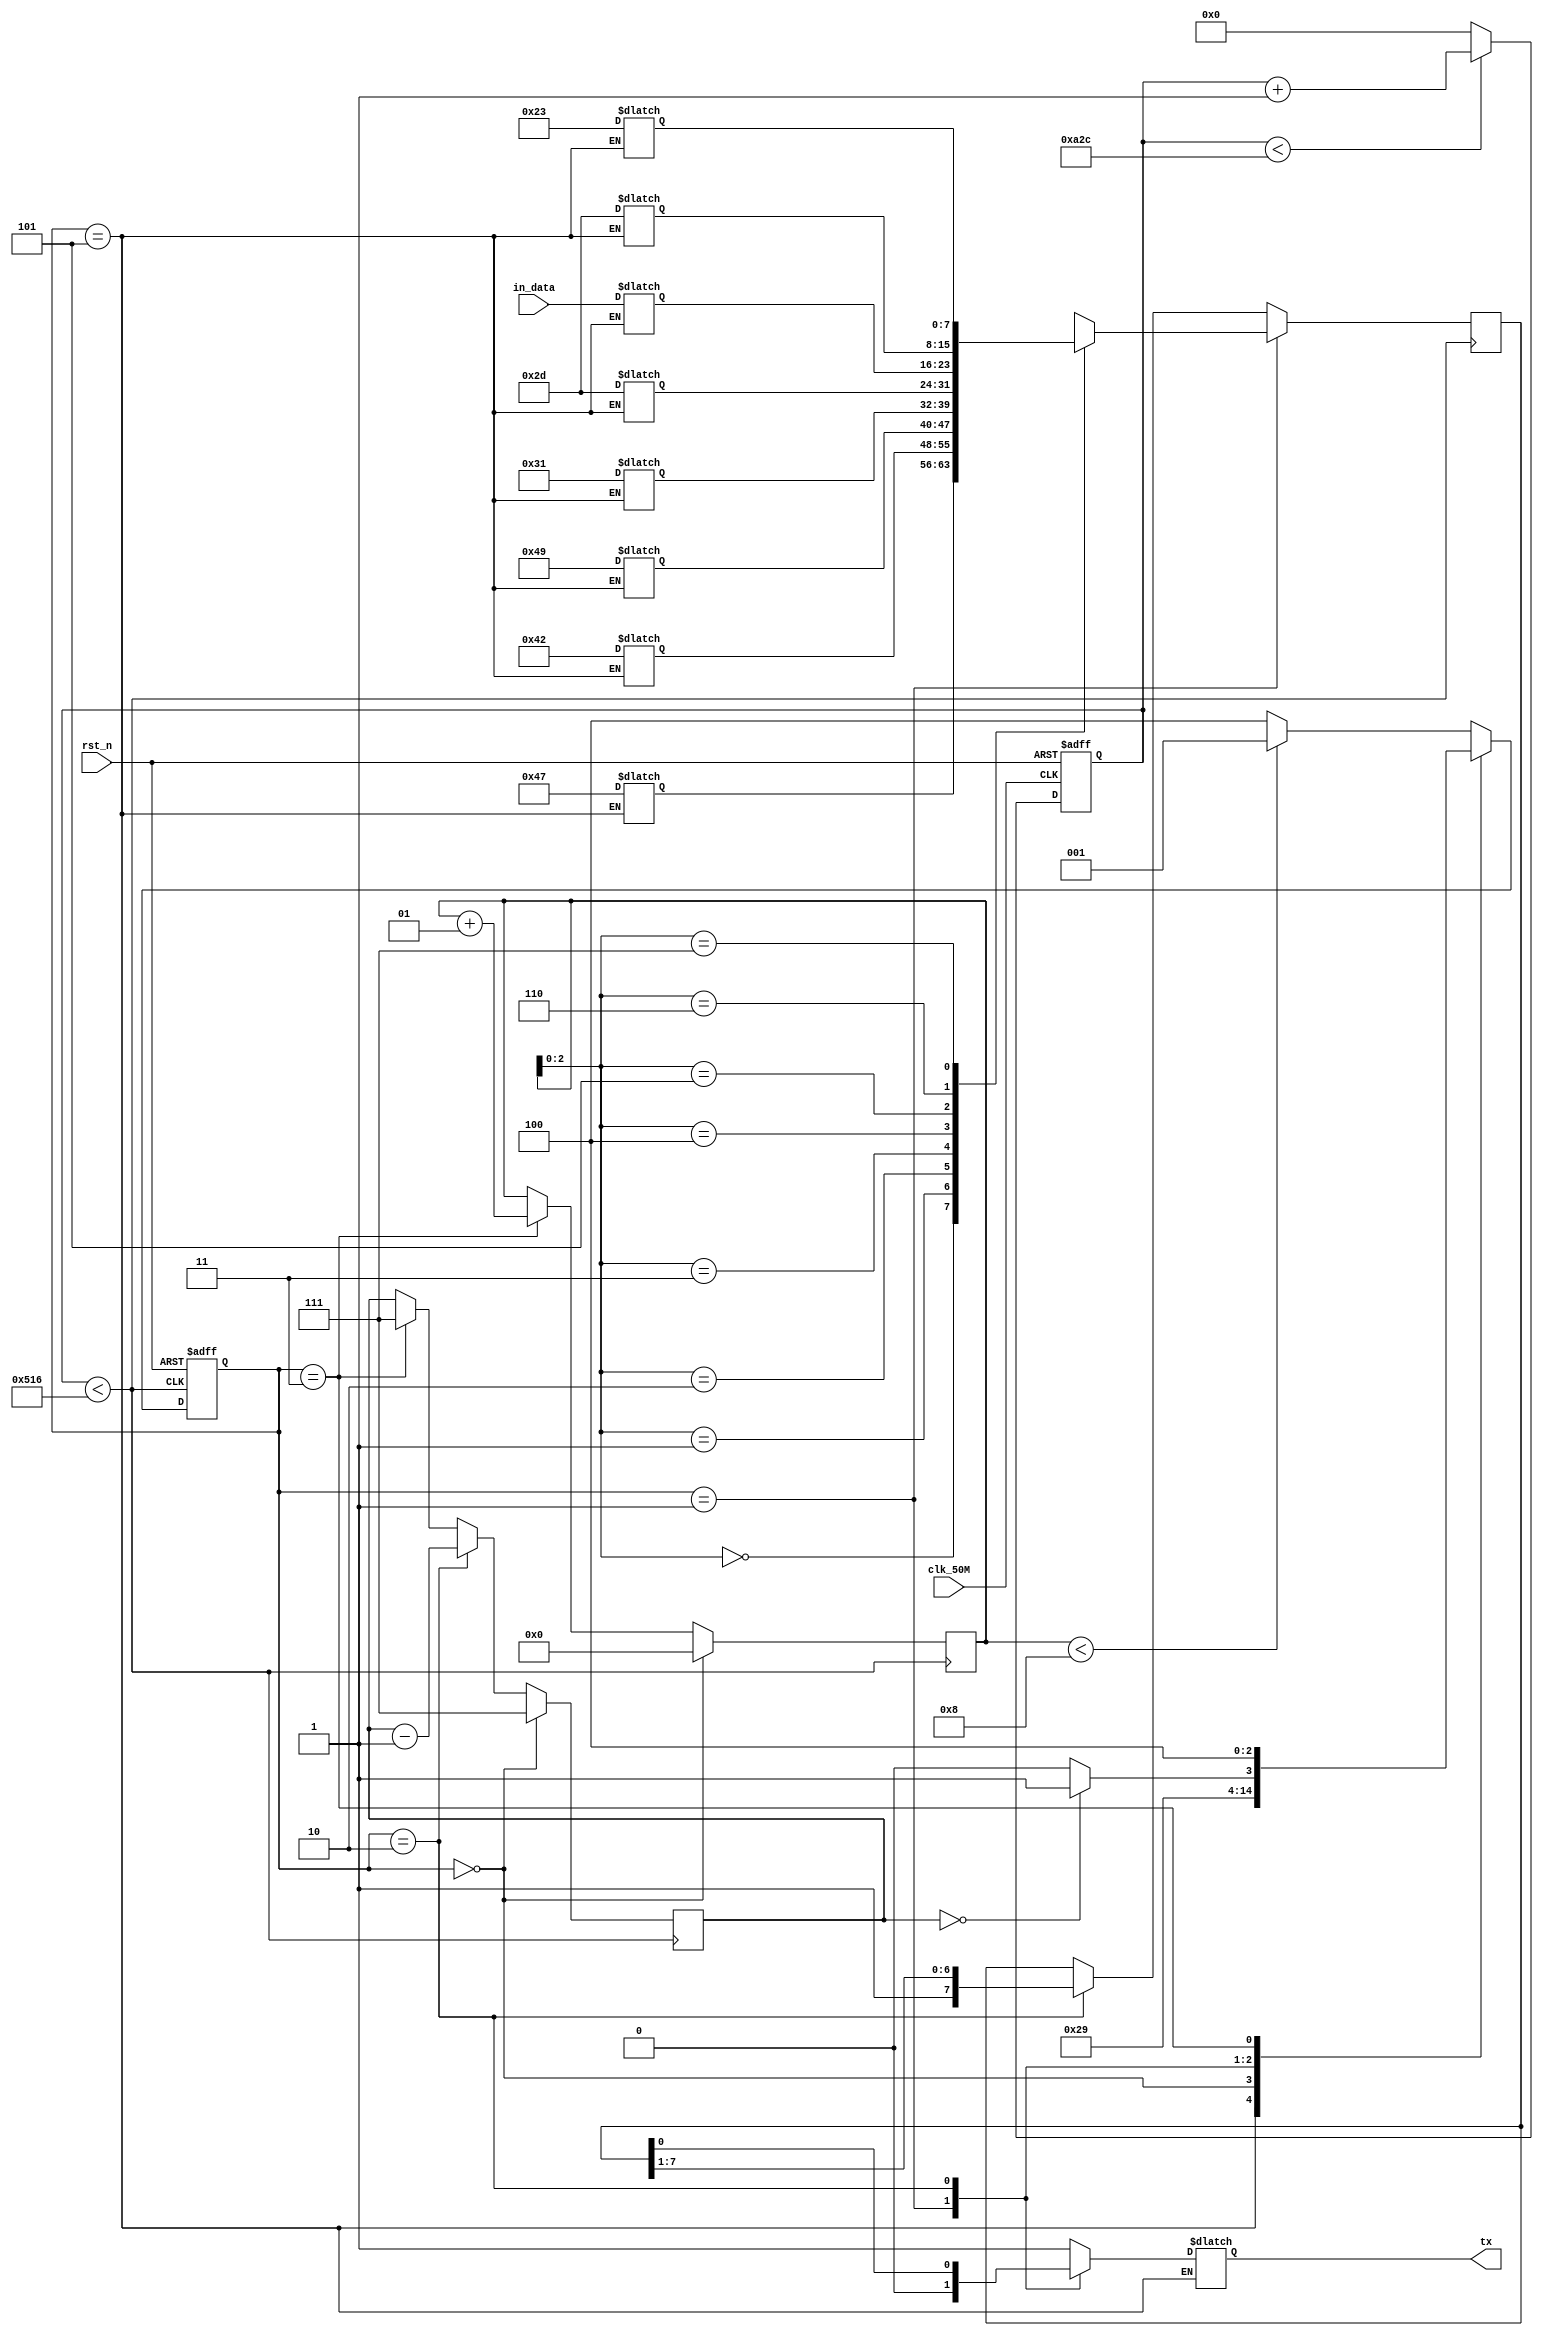
// SB : Task 2 B : UART
/*
Instructions
-------------------
Students are not allowed to make any changes in the Module declaration.
This file is used to design UART Transmitter.

Recommended Quartus Version : 19.1
The submitted project file must be 19.1 compatible as the evaluation will be done on Quartus Prime Lite 19.1.

Warning: The error due to compatibility will not be entertained.
-------------------
*/

//UART Transmitter design
//Input   : clk_50M : 50 MHz clock
//Output  : tx : UART transmit output

//////////////////DO NOT MAKE ANY CHANGES IN MODULE//////////////////
module uart(
	input rst_n,
	input clk_50M,	//50 MHz clock
	input [7:0] in_data,
	output tx		//UART transmit output
);
////////////////////////WRITE YOUR CODE FROM HERE////////////////////


wire tx_clk;
reg [13:0]clk_div;
reg [7:0] tx_reg=8'hff;
reg [2:0]track_count=3'd7;
reg tx_temp;
parameter idle=3'd0, start=3'd1,data=3'd2,stop1=3'd3,stop2=3'd4, prepare_data = 3'd5;
reg [2:0]PS=prepare_data,NS=prepare_data;
reg [7:0] data1 [7:0];

//assign data1[7]=8'h23;
//assign data1[6]=8'h2D;
//assign data1[5]=8'h4D;
//assign data1[4]=8'h2D;
//assign data1[3]=8'h31;
//assign data1[2]=8'h49;
//assign data1[1]=8'h42;
//assign data1[0]=8'h47;
integer data_index=8;



 
// Clk Generation
//always@(posedge clk_50M,negedge rst_n)
//     begin
//			if (!rst_n)
//				clk_div <= 14'd0;
//			else	
//				
//				if (clk_div < 14'd868)
//					clk_div = clk_div + 14'd1;
//				else
//					 clk_div = 14'd0;
//     end
//
//assign tx_clk = (clk_div < 14'd434)? 1'b0:1'b1;


// 38400
//always@(posedge clk_50M,negedge rst_n)
//     begin
//			if (!rst_n)
//				clk_div <= 14'd0;
//			else	
//				
//				if (clk_div < 14'd2604)
//					clk_div = clk_div + 14'd1;
//				else
//					 clk_div = 14'd0;
//     end
//
//assign tx_clk = (clk_div < 14'd1302)? 1'b0:1'b1;

always@(posedge clk_50M,negedge rst_n)
     begin
			if (!rst_n)
				clk_div <= 14'd0;
			else	
				
				if (clk_div < 14'd2604)
					clk_div = clk_div + 14'd1;
				else
					 clk_div = 14'd0;
     end

assign tx_clk = (clk_div < 14'd1302)? 1'b0:1'b1;

always @(negedge tx_clk,negedge rst_n)
begin
	if (!rst_n)
		PS <= prepare_data;
	else
		PS <= NS;
end	

always @(PS,track_count,tx_reg,data_index) begin
	case(PS)
		prepare_data: begin
			data1[7]=8'h23;
			data1[6]=8'h2D;
			data1[5]=in_data;
			data1[4]=8'h2D;
			data1[3]=8'h31;
			data1[2]=8'h49;
			data1[1]=8'h42;
			data1[0]=8'h47;
			NS <= idle;
		end
		idle: begin
				NS <= start;
				tx_temp <= 1'b1;
		end	
		start:
			begin
				NS <= data;
				tx_temp <= 1'b0;
			end	
		data:
			begin
				if (track_count ==0)
					NS <= stop1;
				else
					NS <= data;
					tx_temp <= tx_reg[0];	
			end	
		stop1:
			begin
				NS <= stop2;
				tx_temp <= 1'b1;
			end	
		default:
				begin
				if (data_index < 8)
						NS <= start;
				else
						NS <= stop2;
				tx_temp <= 1'b1;
				end	
	endcase
end

assign tx = tx_temp;

always @(negedge tx_clk)	
begin
	if (PS == start)
		tx_reg <= data1[data_index];
	else
		if (PS == data)
			tx_reg <= {1'b1,tx_reg[7:1]};
		else
			tx_reg <= tx_reg;
end
			
always @(negedge tx_clk)	
begin
	if (PS == idle)
		data_index <= 0;
	else
		if (PS == stop1)
			data_index <= data_index + 1;
		else
			data_index <= data_index;
end

always @(negedge tx_clk)	
begin
	if (PS == idle)
		track_count <= 3'd7;
	else
		if (PS == data)
			track_count <= track_count - 3'd1;
		else if (PS == stop1)
			track_count <= 3'd7;
end


////////////////////////YOUR CODE ENDS HERE//////////////////////////
endmodule




///////////////////////////////MODULE ENDS///////////////////////////